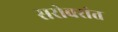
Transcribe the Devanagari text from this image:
सरोवरांत